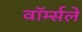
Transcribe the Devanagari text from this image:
वॉर्म्सले